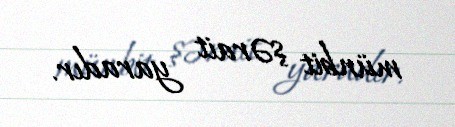
münbit şərait yaradır.